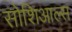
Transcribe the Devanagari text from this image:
सोशिआल्स